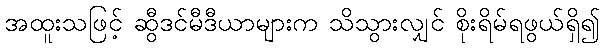
အထူးသဖြင့် ဆွီဒင်မီဒီယာများက သိသွားလျှင် စိုးရိမ်ရဖွယ်ရှိ၍